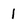
Character: 1